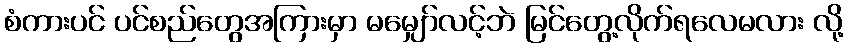
စံကားပင် ပင်စည်တွေအကြားမှာ မမျှော်လင့်ဘဲ မြင်တွေ့လိုက်ရလေမလား လို့